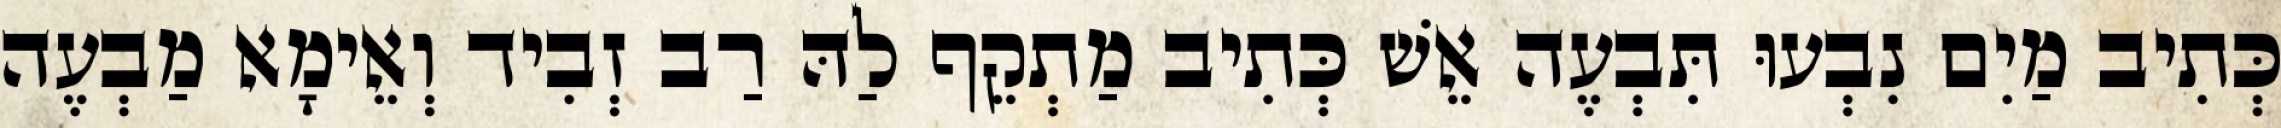
כְּתִיב מַיִם נִבְעוּ תִּבְעֶה אֵשׁ כְּתִיב מַתְקֵף לַהּ רַב זְבִיד וְאֵימָא מַבְעֶה